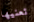
تعنيها